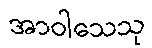
အာဝါသေသု